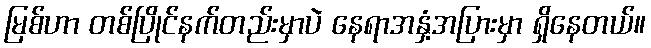
မြစ်ဟာ တစ်ပြိုင်နက်တည်းမှာပဲ နေရာအနှံ့အပြားမှာ ရှိနေတယ်။